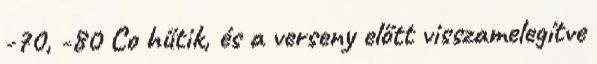
-70, -80 Co hűtik, és a verseny előtt visszamelegítve